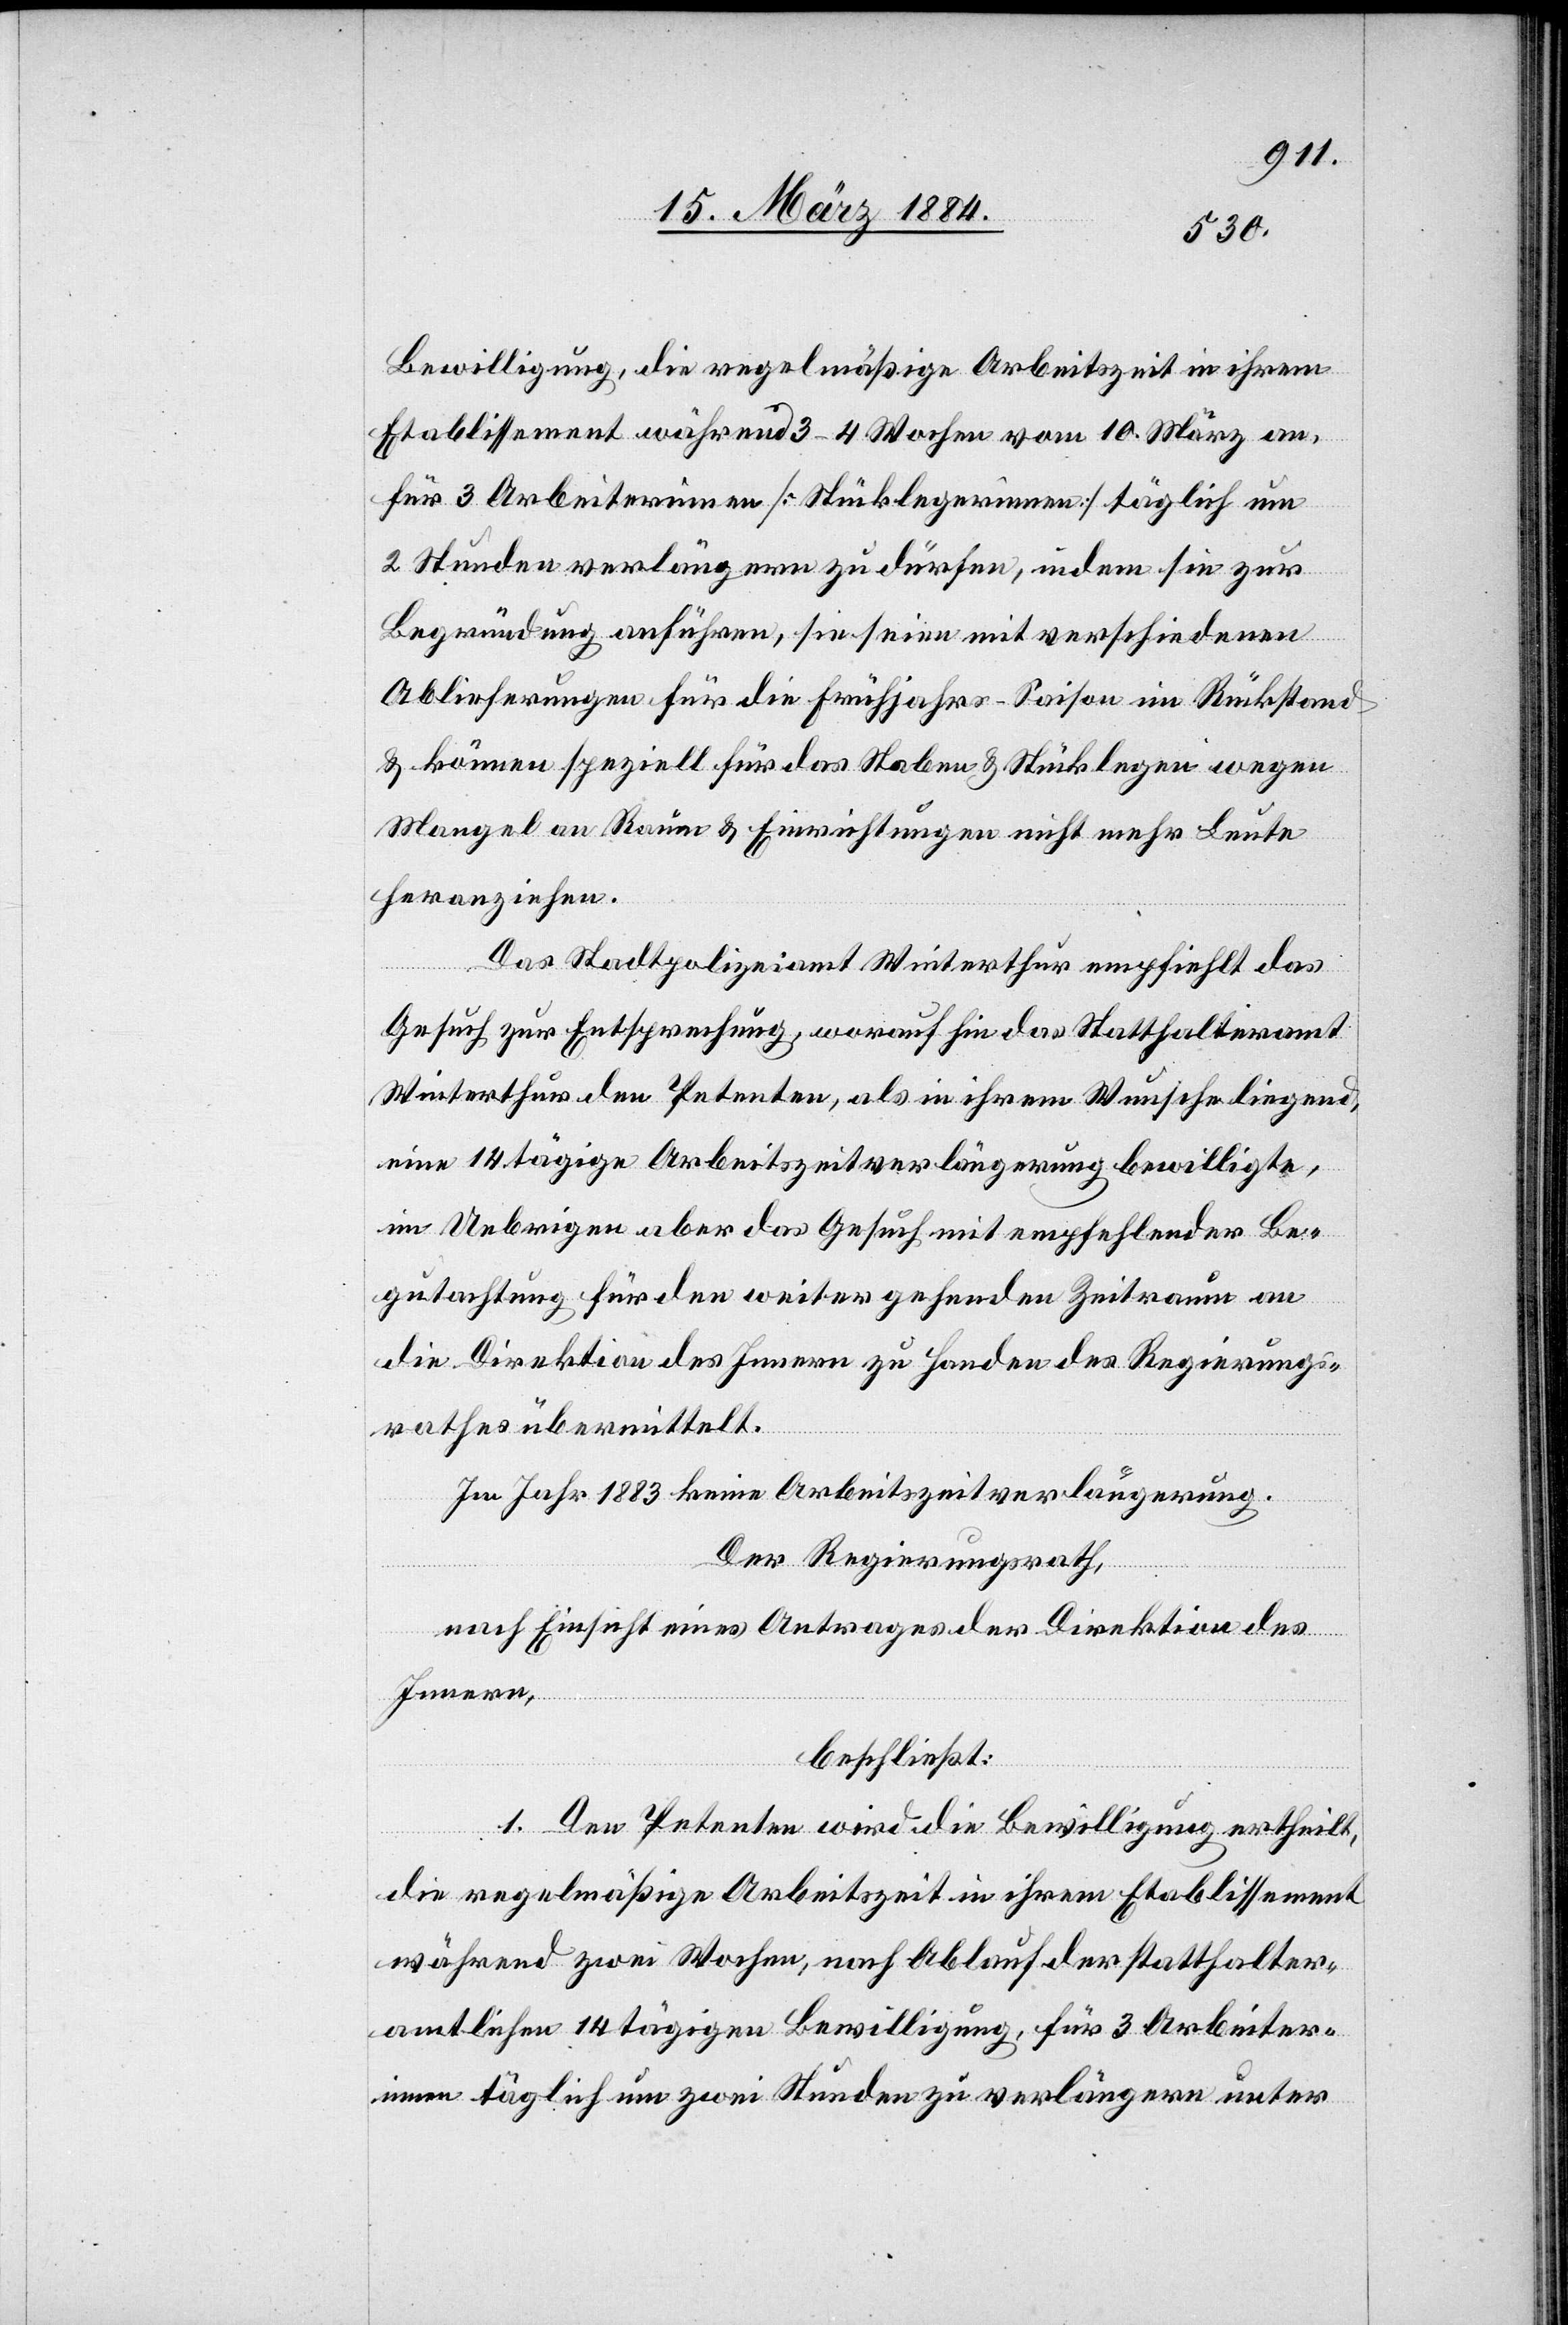
Bewilligung, die regelmäßige Arbeitszeit in ihrem
Etablissement während 3–4 Wochen vom 10. März an,
für 3 Arbeiterinnen [Stückelegerinnen] täglich um
2 Stunden verlängern zu dürfen, indem sie zur
Begründung anführen, sie seien mit verschiedenen
Ablieferungen für die Frühjahr-Saison im Rückstand
& können speziell für das Staben & Stücklegen wegen
Mangel an Räumen & Einrichtungen nicht mehr Leute
heranziehen.
Das Stadtpolizeiamt Winterthur empfiehlt das
Gesuch zur Entsprechung, worauf hin das Statthalteramt
Winterthur den Petenten, als in ihrem Wunsche liegend,
eine 14tägige Arbeitszeitverlängerung bewilligte,
im Uebrigen aber das Gesuch mit empfehlender Be¬
gutachtung für den weiter gehenden Zeitraum an
die Direktion des Innern zu Handen des Regierungs¬
rathes übermittelt.
Im Jahr 1883 keine Arbeitszeitverlängerung.
Der Regierungsrath,
nach Einsicht eines Antrages der Direktion des
Innern,
beschließt:
1. Den Petenten wird die Bewilligung ertheilt,
die regelmäßige Arbeitszeit in ihrem Etablissement
während zwei Wochen, nach Ablauf der statthalter¬
amtlichen 14tägigen Bewilligung, für 3 Arbeiter¬
innen täglich um zwei Stunden zu verlängern unter